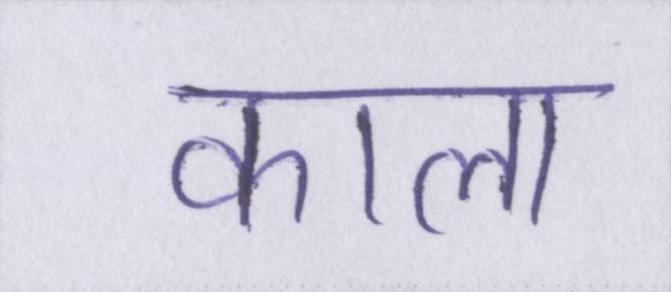
काला